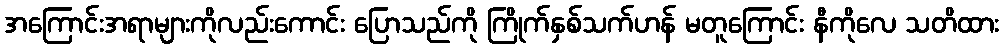
အကြောင်းအရာများကိုလည်းကောင်း ပြောသည်ကို ကြိုက်နှစ်သက်ဟန် မတူကြောင်း နီကိုလေ သတိထား